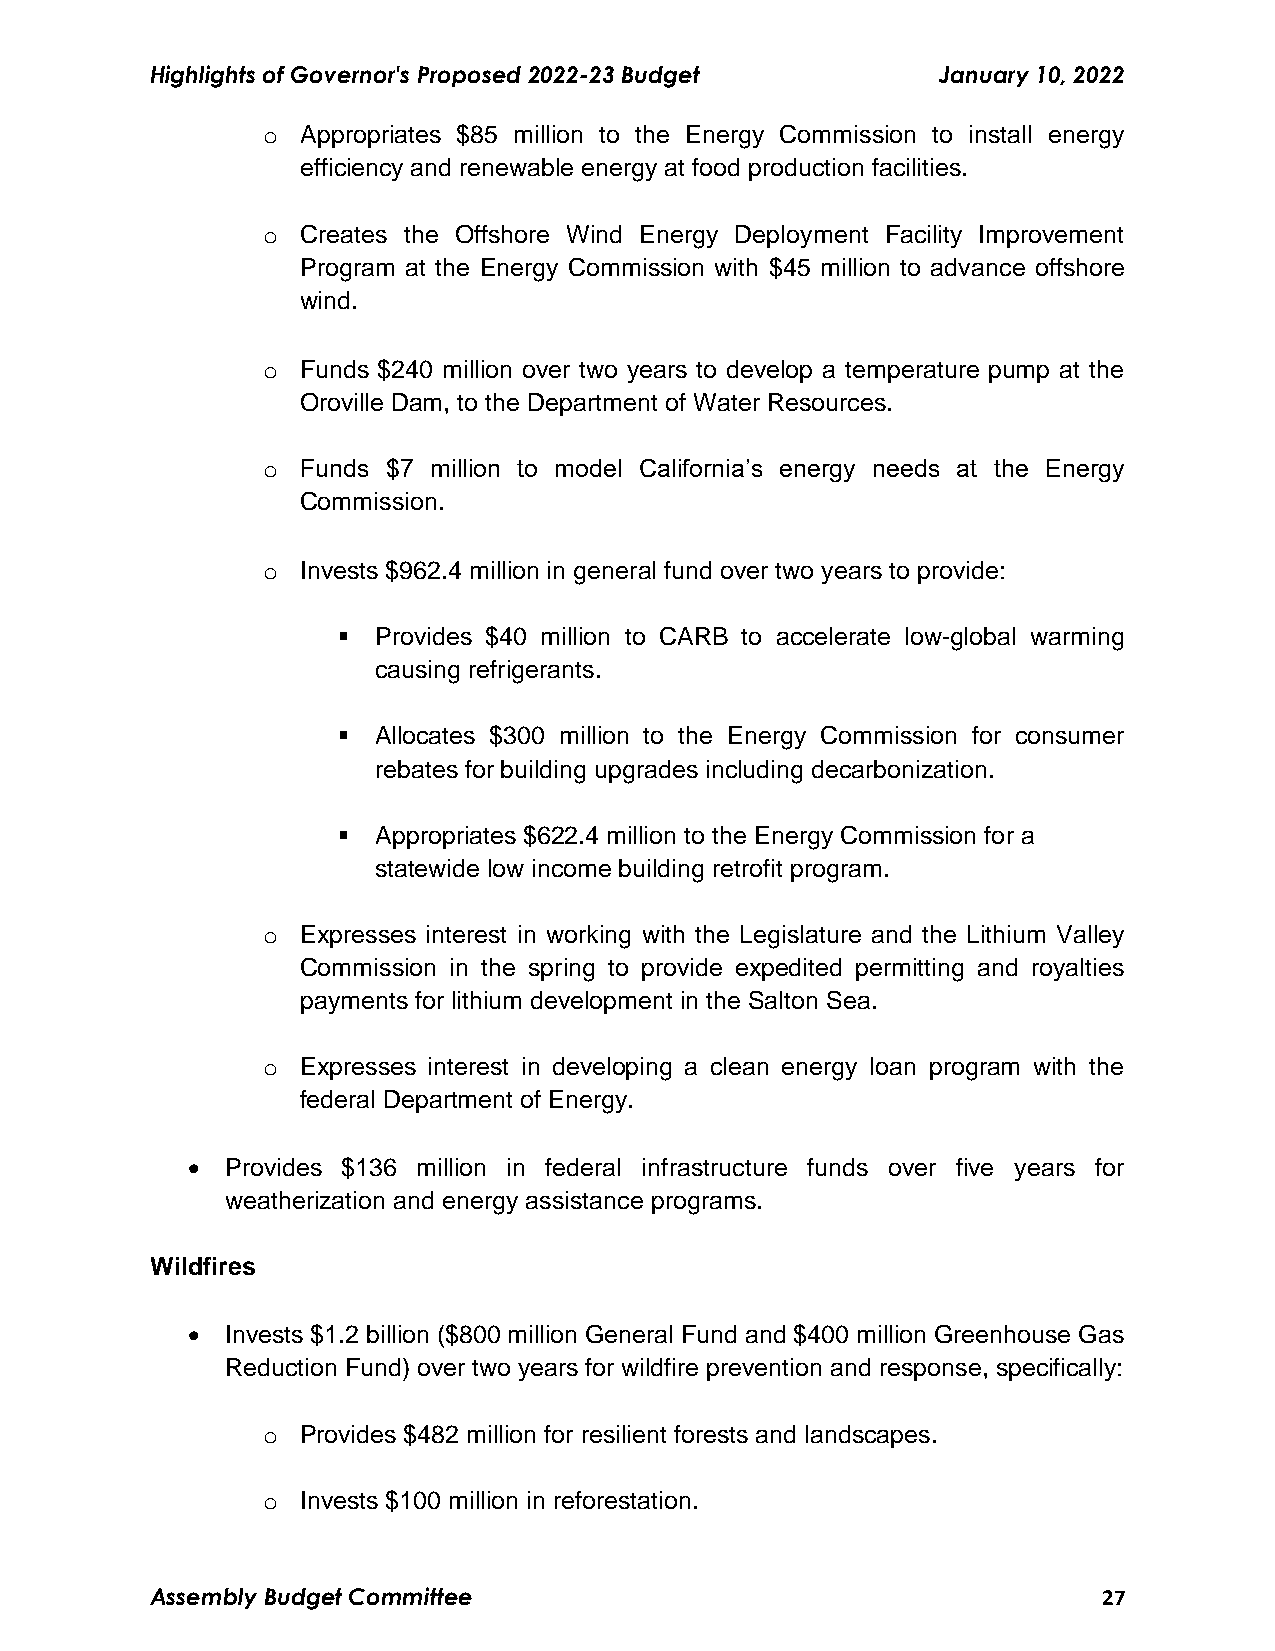
Highlights of Governor's Proposed 2022-23 Budget    January 10, 2022
 o  Appropriates $85 million to the Energy Commission to install energy
 efficiency and renewable energy at food production facilities.
 o  Creates the Offshore Wind Energy Deployment Facility Improvement
 Program at the Energy Commission with $45 million to advance offshore
 wind.
 o  Funds $240 million over two years to develop a temperature pump at the
 Oroville Dam, to the Department of Water Resources.
 o  Funds $7 million to model California’s energy needs at the Energy
 Commission.
 o  Invests $962.4 million in general fund over two years to provide:
   Provides $40 million to CARB to accelerate low-global warming
 causing refrigerants.
   Allocates $300 million to the Energy Commission for consumer
 rebates for building upgrades including decarbonization.
   Appropriates $622.4 million to the Energy Commission for a
 statewide low income building retrofit program.
 o  Expresses interest in working with the Legislature and the Lithium Valley
 Commission in the spring to provide expedited permitting and royalties
 payments for lithium development in the Salton Sea.
 o  Expresses interest in developing a clean energy loan program with the
 federal Department of Energy.
   Provides $136 million in federal infrastructure funds over five years for
 weatherization and energy assistance programs.
 Wildfires
   Invests $1.2 billion ($800 million General Fund and $400 million Greenhouse Gas
 Reduction Fund) over two years for wildfire prevention and response, specifically:
 o  Provides $482 million for resilient forests and landscapes.
 o  Invests $100 million in reforestation.
 Assembly Budget Committee                                      27